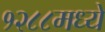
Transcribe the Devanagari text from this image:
१२८८मध्ये